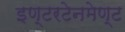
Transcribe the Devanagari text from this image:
इण्टरटेनमेण्ट